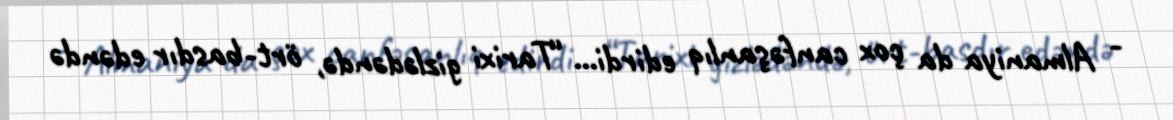
- Almaniya da çox canfəşanlıq edirdi... “Tarixi gizlədəndə, ört-basdır edəndə